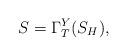
LaTeX: \begin{align*}S = \Gamma_T^Y(S_H),\end{align*}